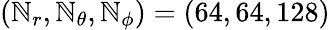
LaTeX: (\mathbb{N}_{r},\mathbb{N}_{\theta},\mathbb{N}_{\phi})=(64,64,128)